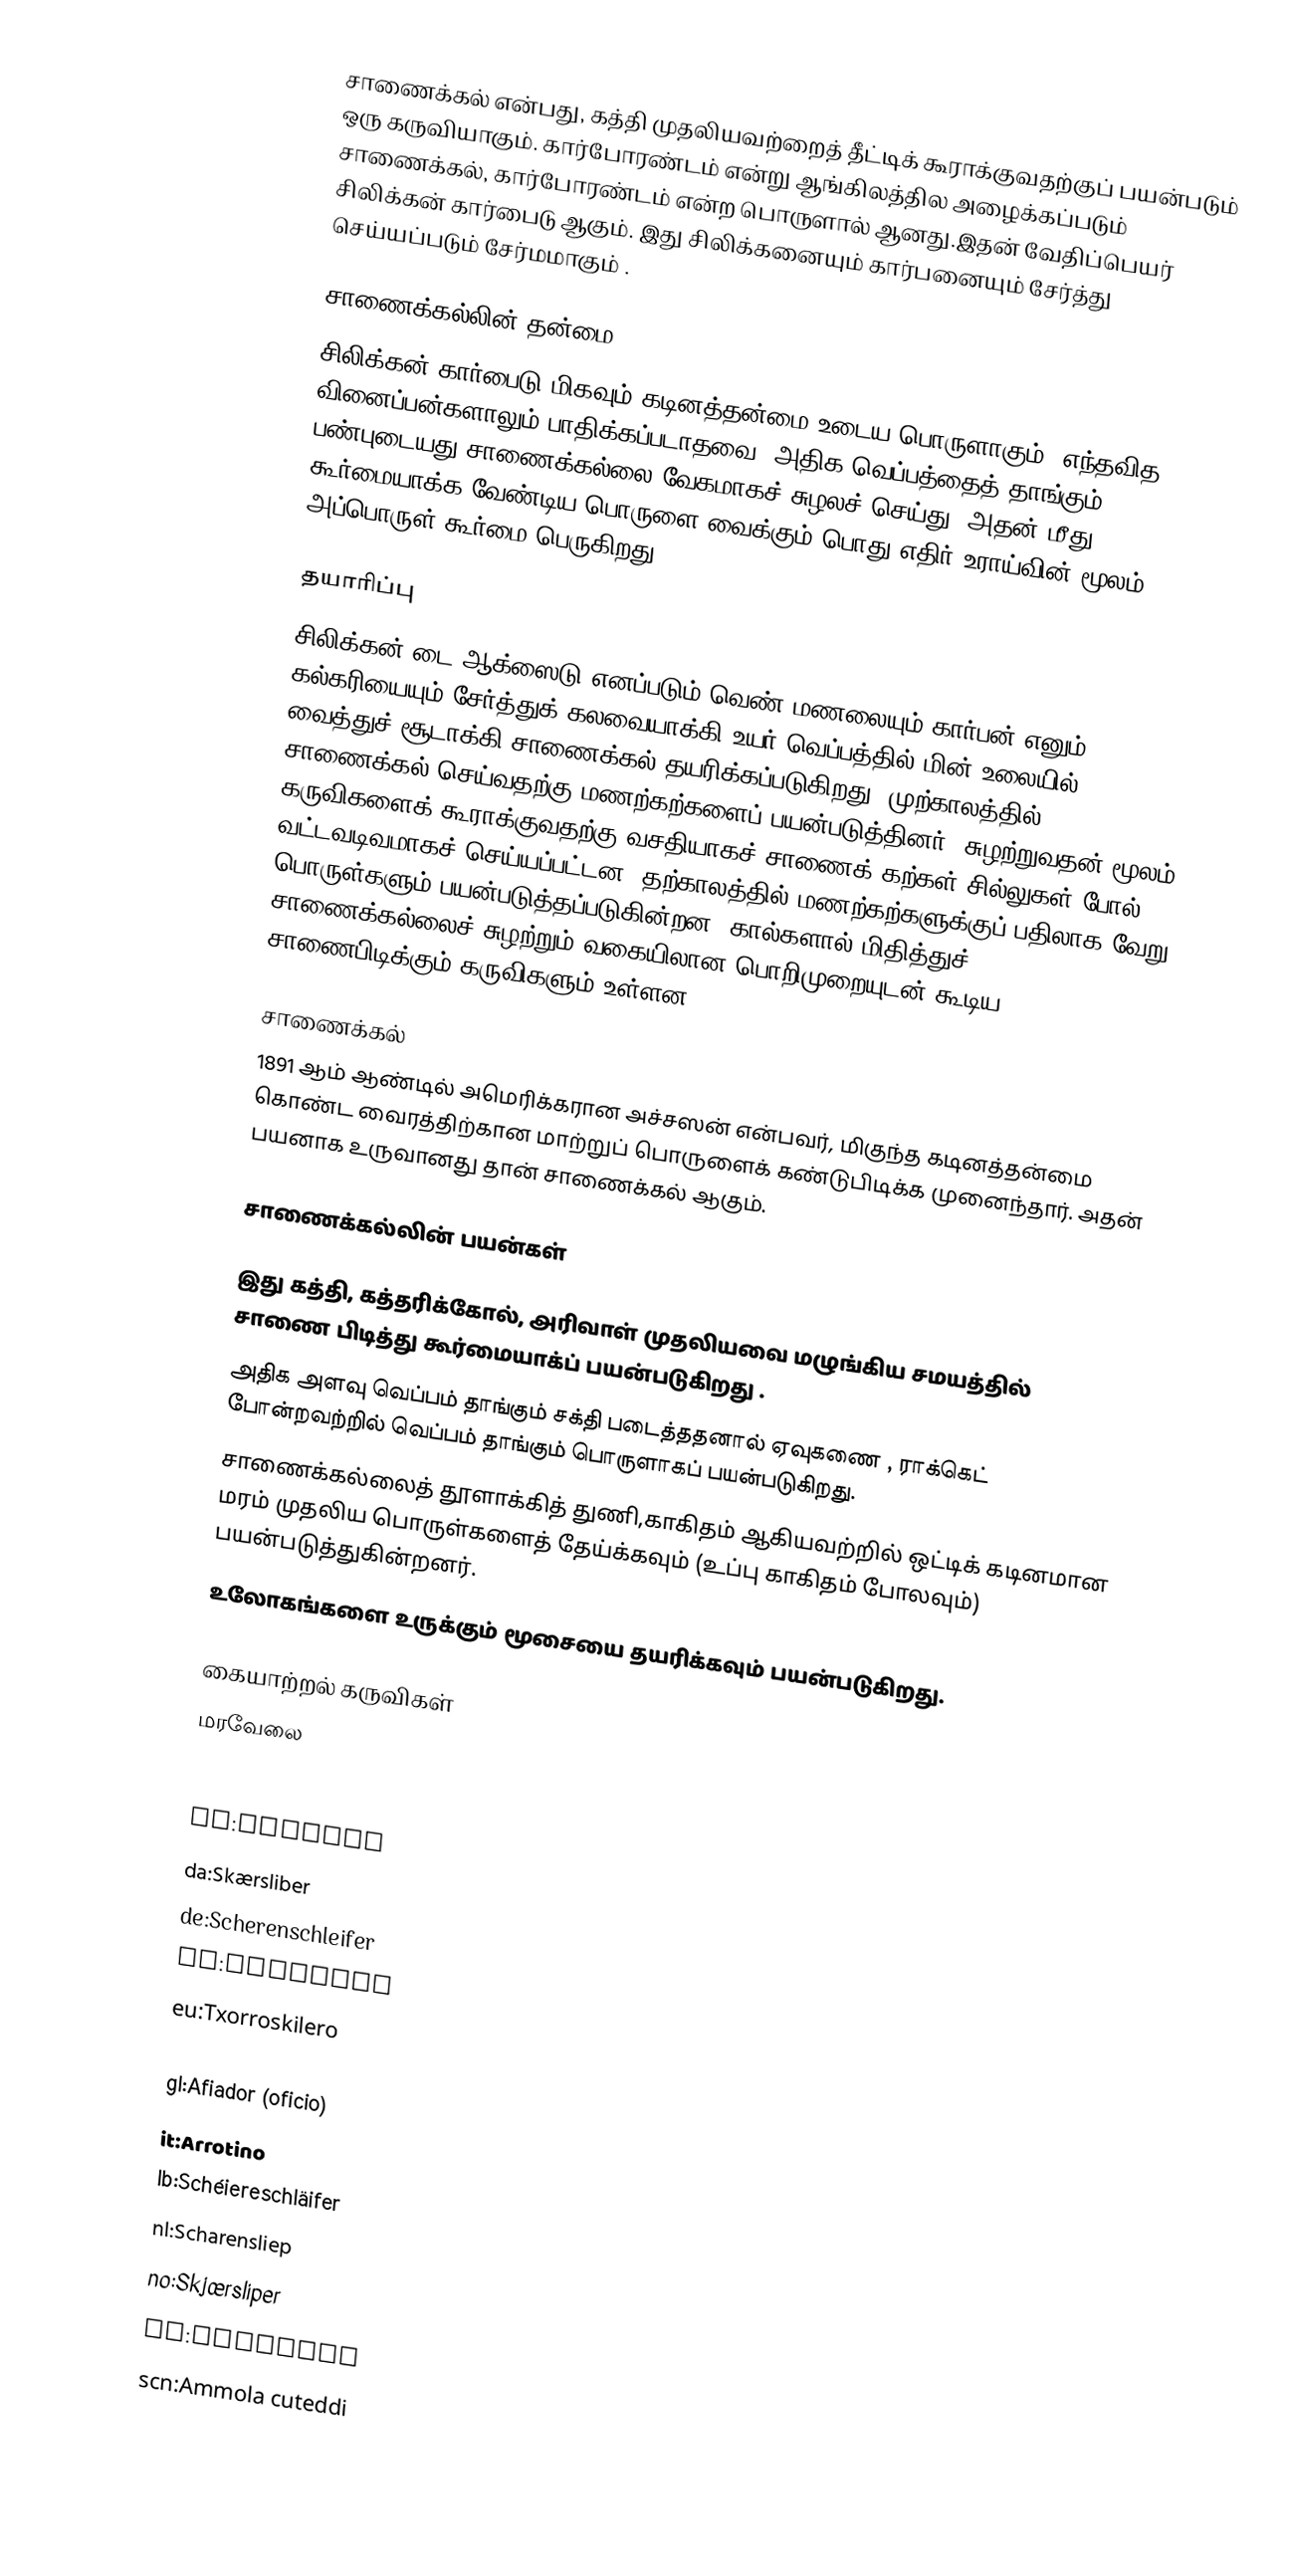
சாணைக்கல் என்பது, கத்தி முதலியவற்றைத் தீட்டிக் கூராக்குவதற்குப் பயன்படும் ஒரு கருவியாகும். கார்போரண்டம் என்று ஆங்கிலத்தில அழைக்கப்படும் சாணைக்கல், கார்போரண்டம் என்ற பொருளால் ஆனது.இதன் வேதிப்பெயர் சிலிக்கன் கார்பைடு ஆகும். இது சிலிக்கனையும் கார்பனையும் சேர்த்து செய்யப்படும் சேர்மமாகும் .

சாணைக்கல்லின் தன்மை
சிலிக்கன் கார்பைடு மிகவும் கடினத்தன்மை உடைய பொருளாகும். எந்தவித வினைப்பன்களாலும் பாதிக்கப்படாதவை. அதிக வெப்பத்தைத் தாங்கும் பண்புடையது.சாணைக்கல்லை வேகமாகச் சுழலச் செய்து, அதன் மீது கூர்மையாக்க வேண்டிய பொருளை வைக்கும் பொது எதிர் உராய்வின் மூலம் அப்பொருள் கூர்மை பெருகிறது.

தயாரிப்பு
சிலிக்கன் டை ஆக்ஸைடு எனப்படும் வெண் மணலையும் கார்பன் எனும் கல்கரியையும் சேர்த்துக் கலவையாக்கி உயர் வெப்பத்தில் மின் உலையில் வைத்துச் சூடாக்கி  சாணைக்கல் தயரிக்கப்படுகிறது. முற்காலத்தில் சாணைக்கல் செய்வதற்கு மணற்கற்களைப் பயன்படுத்தினர். சுழற்றுவதன் மூலம் கருவிகளைக் கூராக்குவதற்கு வசதியாகச் சாணைக் கற்கள் சில்லுகள் போல் வட்டவடிவமாகச் செய்யப்பட்டன. தற்காலத்தில் மணற்கற்களுக்குப் பதிலாக வேறு பொருள்களும் பயன்படுத்தப்படுகின்றன. கால்களால் மிதித்துச் சாணைக்கல்லைச் சுழற்றும் வகையிலான பொறிமுறையுடன் கூடிய சாணைபிடிக்கும் கருவிகளும் உள்ளன.

சாணைக்கல்
1891 ஆம் ஆண்டில் அமெரிக்கரான அச்சஸன் என்பவர், மிகுந்த கடினத்தன்மை கொண்ட வைரத்திற்கான மாற்றுப் பொருளைக் கண்டுபிடிக்க முனைந்தார். அதன் பயனாக உருவானது தான் சாணைக்கல் ஆகும்.

சாணைக்கல்லின் பயன்கள்

 இது கத்தி, கத்தரிக்கோல், அரிவாள் முதலியவை மழுங்கிய சமயத்தில் சாணை பிடித்து கூர்மையாக்ப்  பயன்படுகிறது .
 அதிக அளவு வெப்பம் தாங்கும் சக்தி படைத்ததனால்  ஏவுகணை , ராக்கெட் போன்றவற்றில் வெப்பம் தாங்கும் பொருளாகப் பயன்படுகிறது.
 சாணைக்கல்லைத் தூளாக்கித் துணி,காகிதம் ஆகியவற்றில் ஒட்டிக் கடினமான மரம் முதலிய பொருள்களைத் தேய்க்கவும் (உப்பு காகிதம் போலவும்) பயன்படுத்துகின்றனர்.
 உலோகங்களை உருக்கும் மூசையை தயரிக்கவும் பயன்படுகிறது.

கையாற்றல் கருவிகள்
மரவேலை

br:Libonig
ca:Esmolet
da:Skærsliber
de:Scherenschleifer
es:Afilador
eu:Txorroskilero
fr:Rémouleur
gl:Afiador (oficio)
it:Arrotino
lb:Schéiereschläifer
nl:Scharensliep
no:Skjærsliper
pt:Amolador
scn:Ammola cuteddi